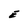
Character: E